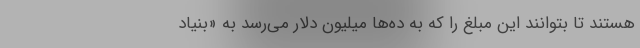
هستند تا بتوانند این مبلغ را که به ده‌ها میلیون دلار می‌رسد به «بنیاد